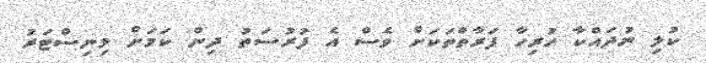
ކުލި ނުދައްކާ ހުރިހާ ފަރާތްތަކަށް ވެސް އެ ފުރުސަތު ދިން ކަމަށް މިނިސްޓަރު